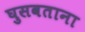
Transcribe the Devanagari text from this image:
घुसवताना